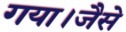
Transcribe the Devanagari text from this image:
गया।जैसे